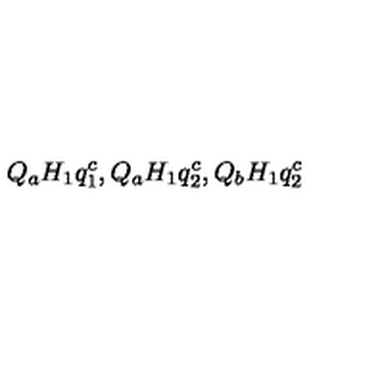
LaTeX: Q _ { a } H _ { 1 } q _ { 1 } ^ { c } , Q _ { a } H _ { 1 } q _ { 2 } ^ { c } , Q _ { b } H _ { 1 } q _ { 2 } ^ { c }